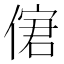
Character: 𠌣